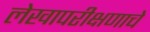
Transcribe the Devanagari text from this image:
लेखापरीक्षणाचे